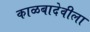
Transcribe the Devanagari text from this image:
काळबादेवीला